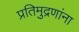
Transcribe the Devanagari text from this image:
प्रतिमुद्रणांना